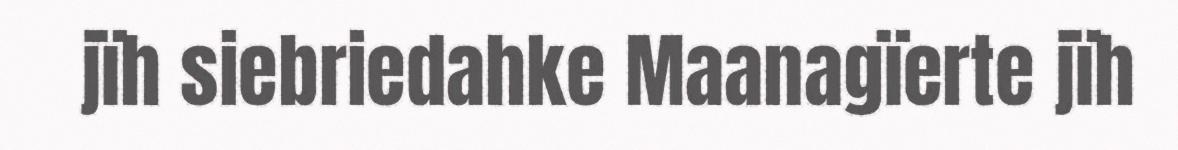
jïh siebriedahke Maanagïerte jïh